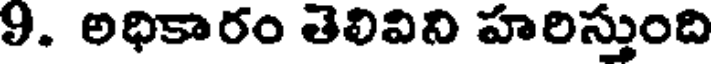
9. అధికారం తెలివిని హరిస్తుంది